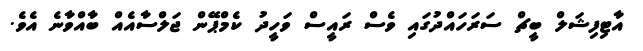
އާޓިފިޝަލް ބީޗް ސަރަހައްދުގަައި ވެސް ރައީސް ވަހީދު ކެމްޕޭން ޖަލްސާއެއް ބާއްވާނެ އެވެ.